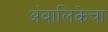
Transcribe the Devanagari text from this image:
अंबालिकेचा